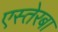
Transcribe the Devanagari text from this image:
एस्तेरबा